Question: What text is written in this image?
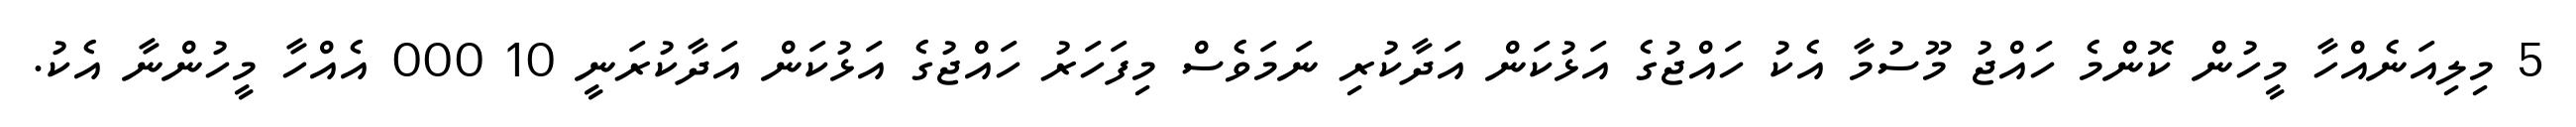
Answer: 5 މިލިއަނެއްހާ މީހުން ކޮންމެ ހައްޖު މޫސުމާ އެކު ހައްޖުގެ އަޅުކަން އަދާކުރި ނަމަވެސް މިފަހަރު ހައްޖުގެ އަޅުކަން އަދާކުރަނީ 10 000 އެއްހާ މީހުންނާ އެކު.